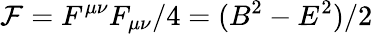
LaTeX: {\cal F}=F^{\mu\nu}F_{\mu\nu}/4=(B^{2}-E^{2})/2